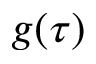
g ( \tau )